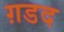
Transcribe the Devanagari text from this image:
ग़डद